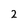
Character: 2